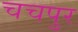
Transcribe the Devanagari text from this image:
चचपुर